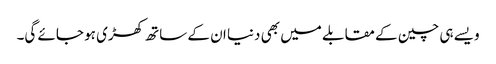
ویسے ہی چین کے مقابلے میں بھی دنیا ان کے ساتھ کھڑی ہو جائے گی۔